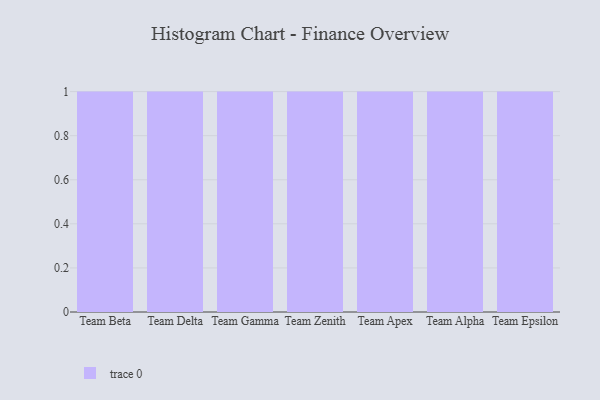
{"axis": {"x": "Team", "y": "Inventory Turnover"}, "legend": [""], "data": [{"x": "Team Beta", "y": 10, "type": ""}, {"x": "Team Delta", "y": 58, "type": ""}, {"x": "Team Gamma", "y": 50, "type": ""}, {"x": "Team Zenith", "y": 98, "type": ""}, {"x": "Team Apex", "y": 2, "type": ""}, {"x": "Team Alpha", "y": 99, "type": ""}, {"x": "Team Epsilon", "y": 32, "type": ""}]}